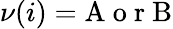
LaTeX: \nu(i)=\mathrm{A}\mathrm{~o~r~}\mathrm{B}